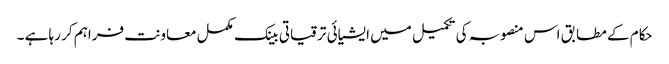
حکام کے مطابق اس منصوبہ کی تکمیل میں ایشیائی ترقیاتی بینک مکمل معاونت فراہم کر رہا ہے ۔